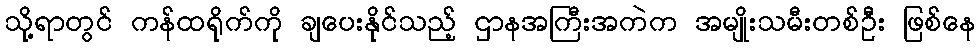
သို့ရာတွင် ကန်ထရိုက်ကို ချပေးနိုင်သည့် ဌာနအကြီးအကဲက အမျိုးသမီးတစ်ဦး ဖြစ်နေ